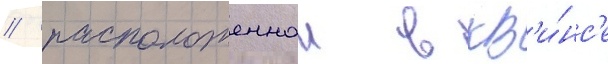
/ расположеннои в кв'и́нс'е